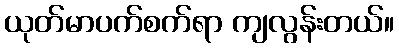
ယုတ်မာပက်စက်ရာ ကျလွန်းတယ်။